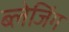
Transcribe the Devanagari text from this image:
ब्लेजिंग